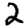
Digit: 2